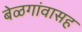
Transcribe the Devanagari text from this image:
बेळगांवासह